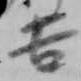
吉